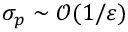
\sigma _ { p } \sim \mathcal { O } ( 1 / \varepsilon )